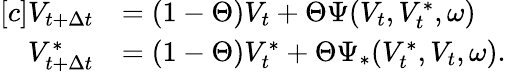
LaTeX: \begin{array}{r}{\begin{array}{rl}{[c]V_{t+\Delta{t}}}&{=(1-\Theta)V_{t}+\Theta\Psi(V_{t},V_{t}^{\ast},\omega)}\\ {V_{t+\Delta{t}}^{\ast}}&{=(1-\Theta)V_{t}^{\ast}+\Theta\Psi_{\ast}(V_{t}^{\ast},V_{t},\omega).}\end{array}}\end{array}